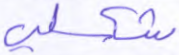
شكلي